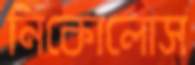
নিকোলোস